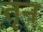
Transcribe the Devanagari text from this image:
तृन